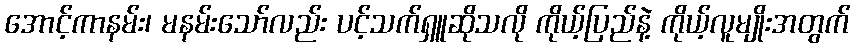
အောင့်ကာနမ်း၊ မနမ်းသော်လည်း ပင့်သက်ရှူဆိုသလို ကိုယ့်ပြည်နဲ့ ကိုယ့်လူမျိုးအတွက်